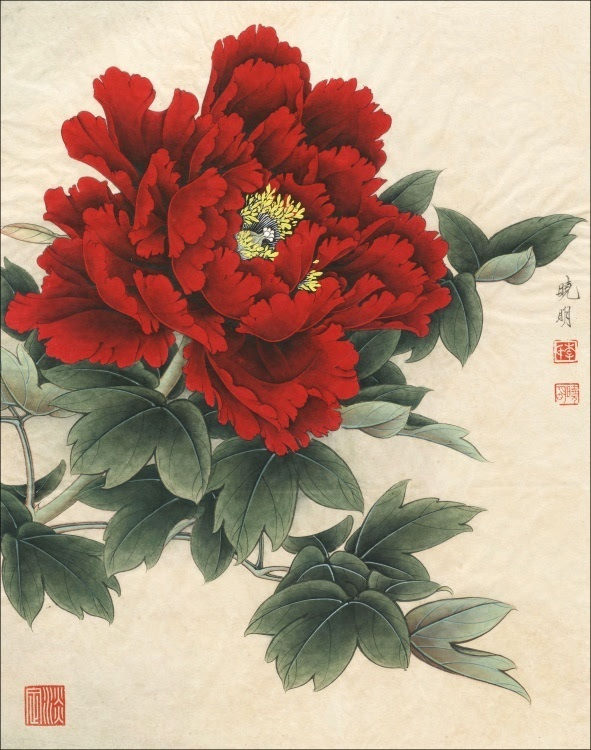
枣花至小能成实，桑叶虽柔解吐丝。